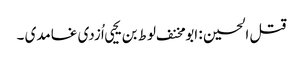
قتل الحسین : ابو مخنف لوط بن یحیی اُزدی غامدی ۔